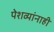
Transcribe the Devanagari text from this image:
पेशव्यांनाही